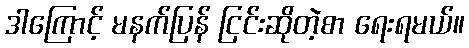
ဒါကြောင့် မနက်ပြန် ငြင်းဆိုတဲ့စာ ရေးရမယ်။